Civil Veterinary Department Bihar & Orissa reports 1922-29 - 1922-1929
Year: 1922
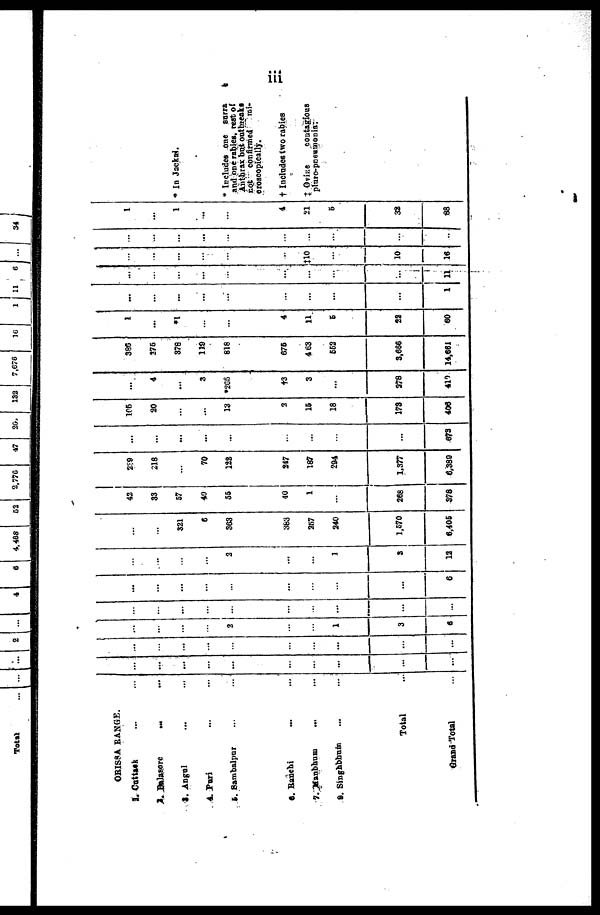
iii
ORISSA RANGE.
1. Cuttack
2.
Balasore
...
3. Angul
4. Puri
5. Sambalpur
6. Banehi
...
7.
Manbhuni
...
8. Singhbhum
Total
Grand Total
...
...
...
...
...
...
...
...
...
...
...
...
...
...
...
...
...
...
...
...
...
...
...
...
2
...
...
1
3
6
...
...
...
...
...
...
...
...
...
...
...
...
...
...
...
...
...
...
...
6
...
...
...
...
3
...
...
1
3
12
...
...
321
6
363
383
257
240
1,670
6,406
42
33
57
40
36
40
1
...
268
378
239
218
...
70
128
247
187
294
1,377
6,380
...
...
...
...
...
...
...
...
...
673
105
20
...
...
13
2
16
18
173
408
...
4
...
3
265
†3
3
...
378
412
386
276
378
119
818
676
463
662
3,666
14,651
1
...
*1
...
...
4
11
6
22
60
...
...
...
...
...
...
1
...
v
...
...
...
...
...
11
...
...
...
...
no
10
16
...
...
...
...
...
...
...
1
...
1
...
4
21
6
32
88
* In Jackal.
* Include one surra
and one rabies, rest of
Anthrax but outbreaks
not confirmed
mi-
croscopically.
† Includes two rabies
† Ovine
contagious
pluro-poeamoois.